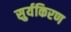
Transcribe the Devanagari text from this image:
सुर्यकिरण